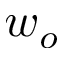
w _ { o }